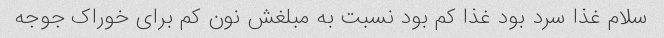
سلام غذا سرد بود غذا کم بود نسبت به مبلغش نون کم برای خوراک جوجه